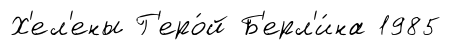
Х'ел'ены Г'еро́й Б'ерл'и́на 1985